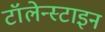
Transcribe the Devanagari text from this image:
टॉलेन्स्टाइन